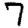
Digit: 7